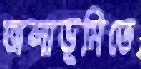
জলাভূমিতে